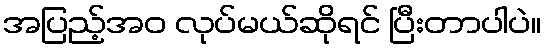
အပြည့်အဝ လုပ်မယ်ဆိုရင် ပြီးတာပါပဲ။